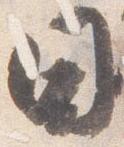
日